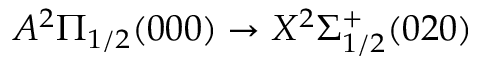
A ^ { 2 } \Pi _ { 1 / 2 } ( 0 0 0 ) \rightarrow X ^ { 2 } \Sigma _ { 1 / 2 } ^ { + } ( 0 2 0 )